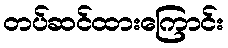
တပ်ဆင်ထားကြောင်း